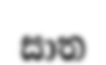
සාත